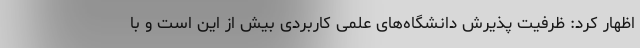
اظهار کرد: ظرفیت پذیرش دانشگاه‌های علمی کاربردی بیش از این است و با